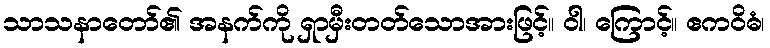
သာသနာတော်၏ အနက်ကို ရှာမှီးတတ်သောအားဖြင့်။ ဝါ၊ ကြောင့်။ ဧကဝိဓံ၊